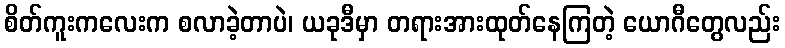
စိတ်ကူးကလေးက စလာခဲ့တာပဲ၊ ယခုဒီမှာ တရားအားထုတ်နေကြတဲ့ ယောဂီတွေလည်း